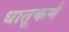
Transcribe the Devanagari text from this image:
धातूकर्म